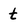
Character: t